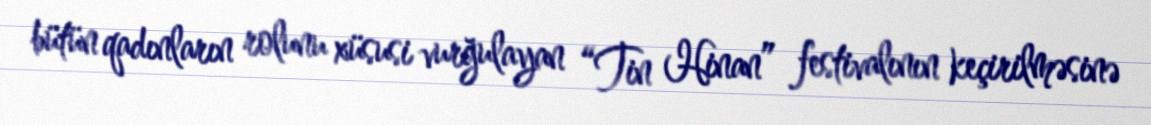
bütün qadınların rolunu xüsusi vurğulayan “Tin Hinan” festivalının keçirilməsinə